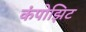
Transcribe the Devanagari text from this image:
कंपोझिट